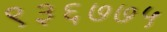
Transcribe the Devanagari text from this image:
९३६७७५